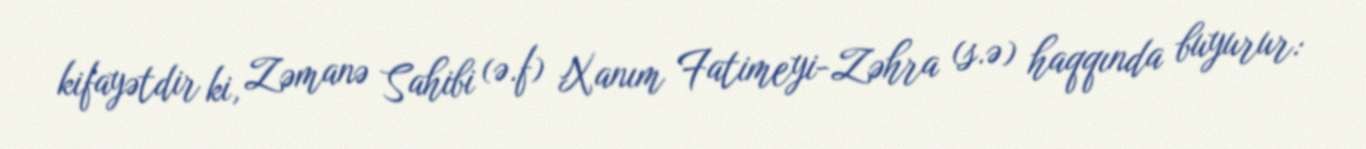
kifayətdir ki, Zəmanə Sahibi (ə.f) Xanım Fatimeyi-Zəhra (s.ə) haqqında buyurur: